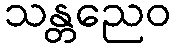
သန္တညေဝ